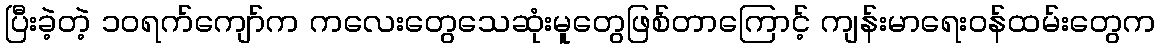
ပြီးခဲ့တဲ့ ၁၀ရက်ကျော်က ကလေးတွေသေဆုံးမူတွေဖြစ်တာကြောင့် ကျန်းမာရေးဝန်ထမ်းတွေက